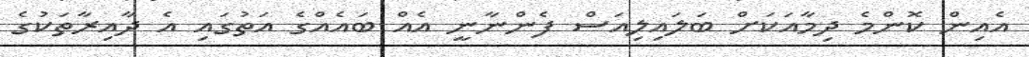
އެއިން ކޮންމެ ދިމާއަކަށް ބަލައިލިއަސް ފެންނާނީ އެއް ބައެއްގެ އަތުގައި އެ ދާއިރާތަކުގެ